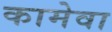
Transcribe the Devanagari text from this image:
कामेवा